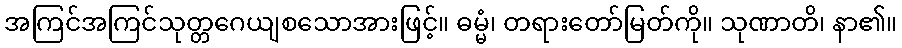
အကြင်အကြင်သုတ္တဂေယျစသောအားဖြင့်။ ဓမ္မံ၊ တရားတော်မြတ်ကို။ သုဏာတိ၊ နာ၏။